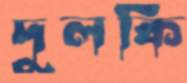
দুলকি